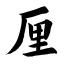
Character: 厘